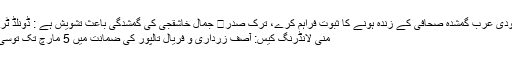
سعودی عرب گمشدہ صحافی کے زندہ ہونے کا ثبوت فراہم کرے، ترک صدر	 جمال خاشقجی کی گمشدگی باعث تشویش ہے : ڈونلڈ ٹرمپ
منی لانڈرنگ کیس: آصف زرداری و فریال تالپور کی ضمانت میں 5 مارچ تک توسی…